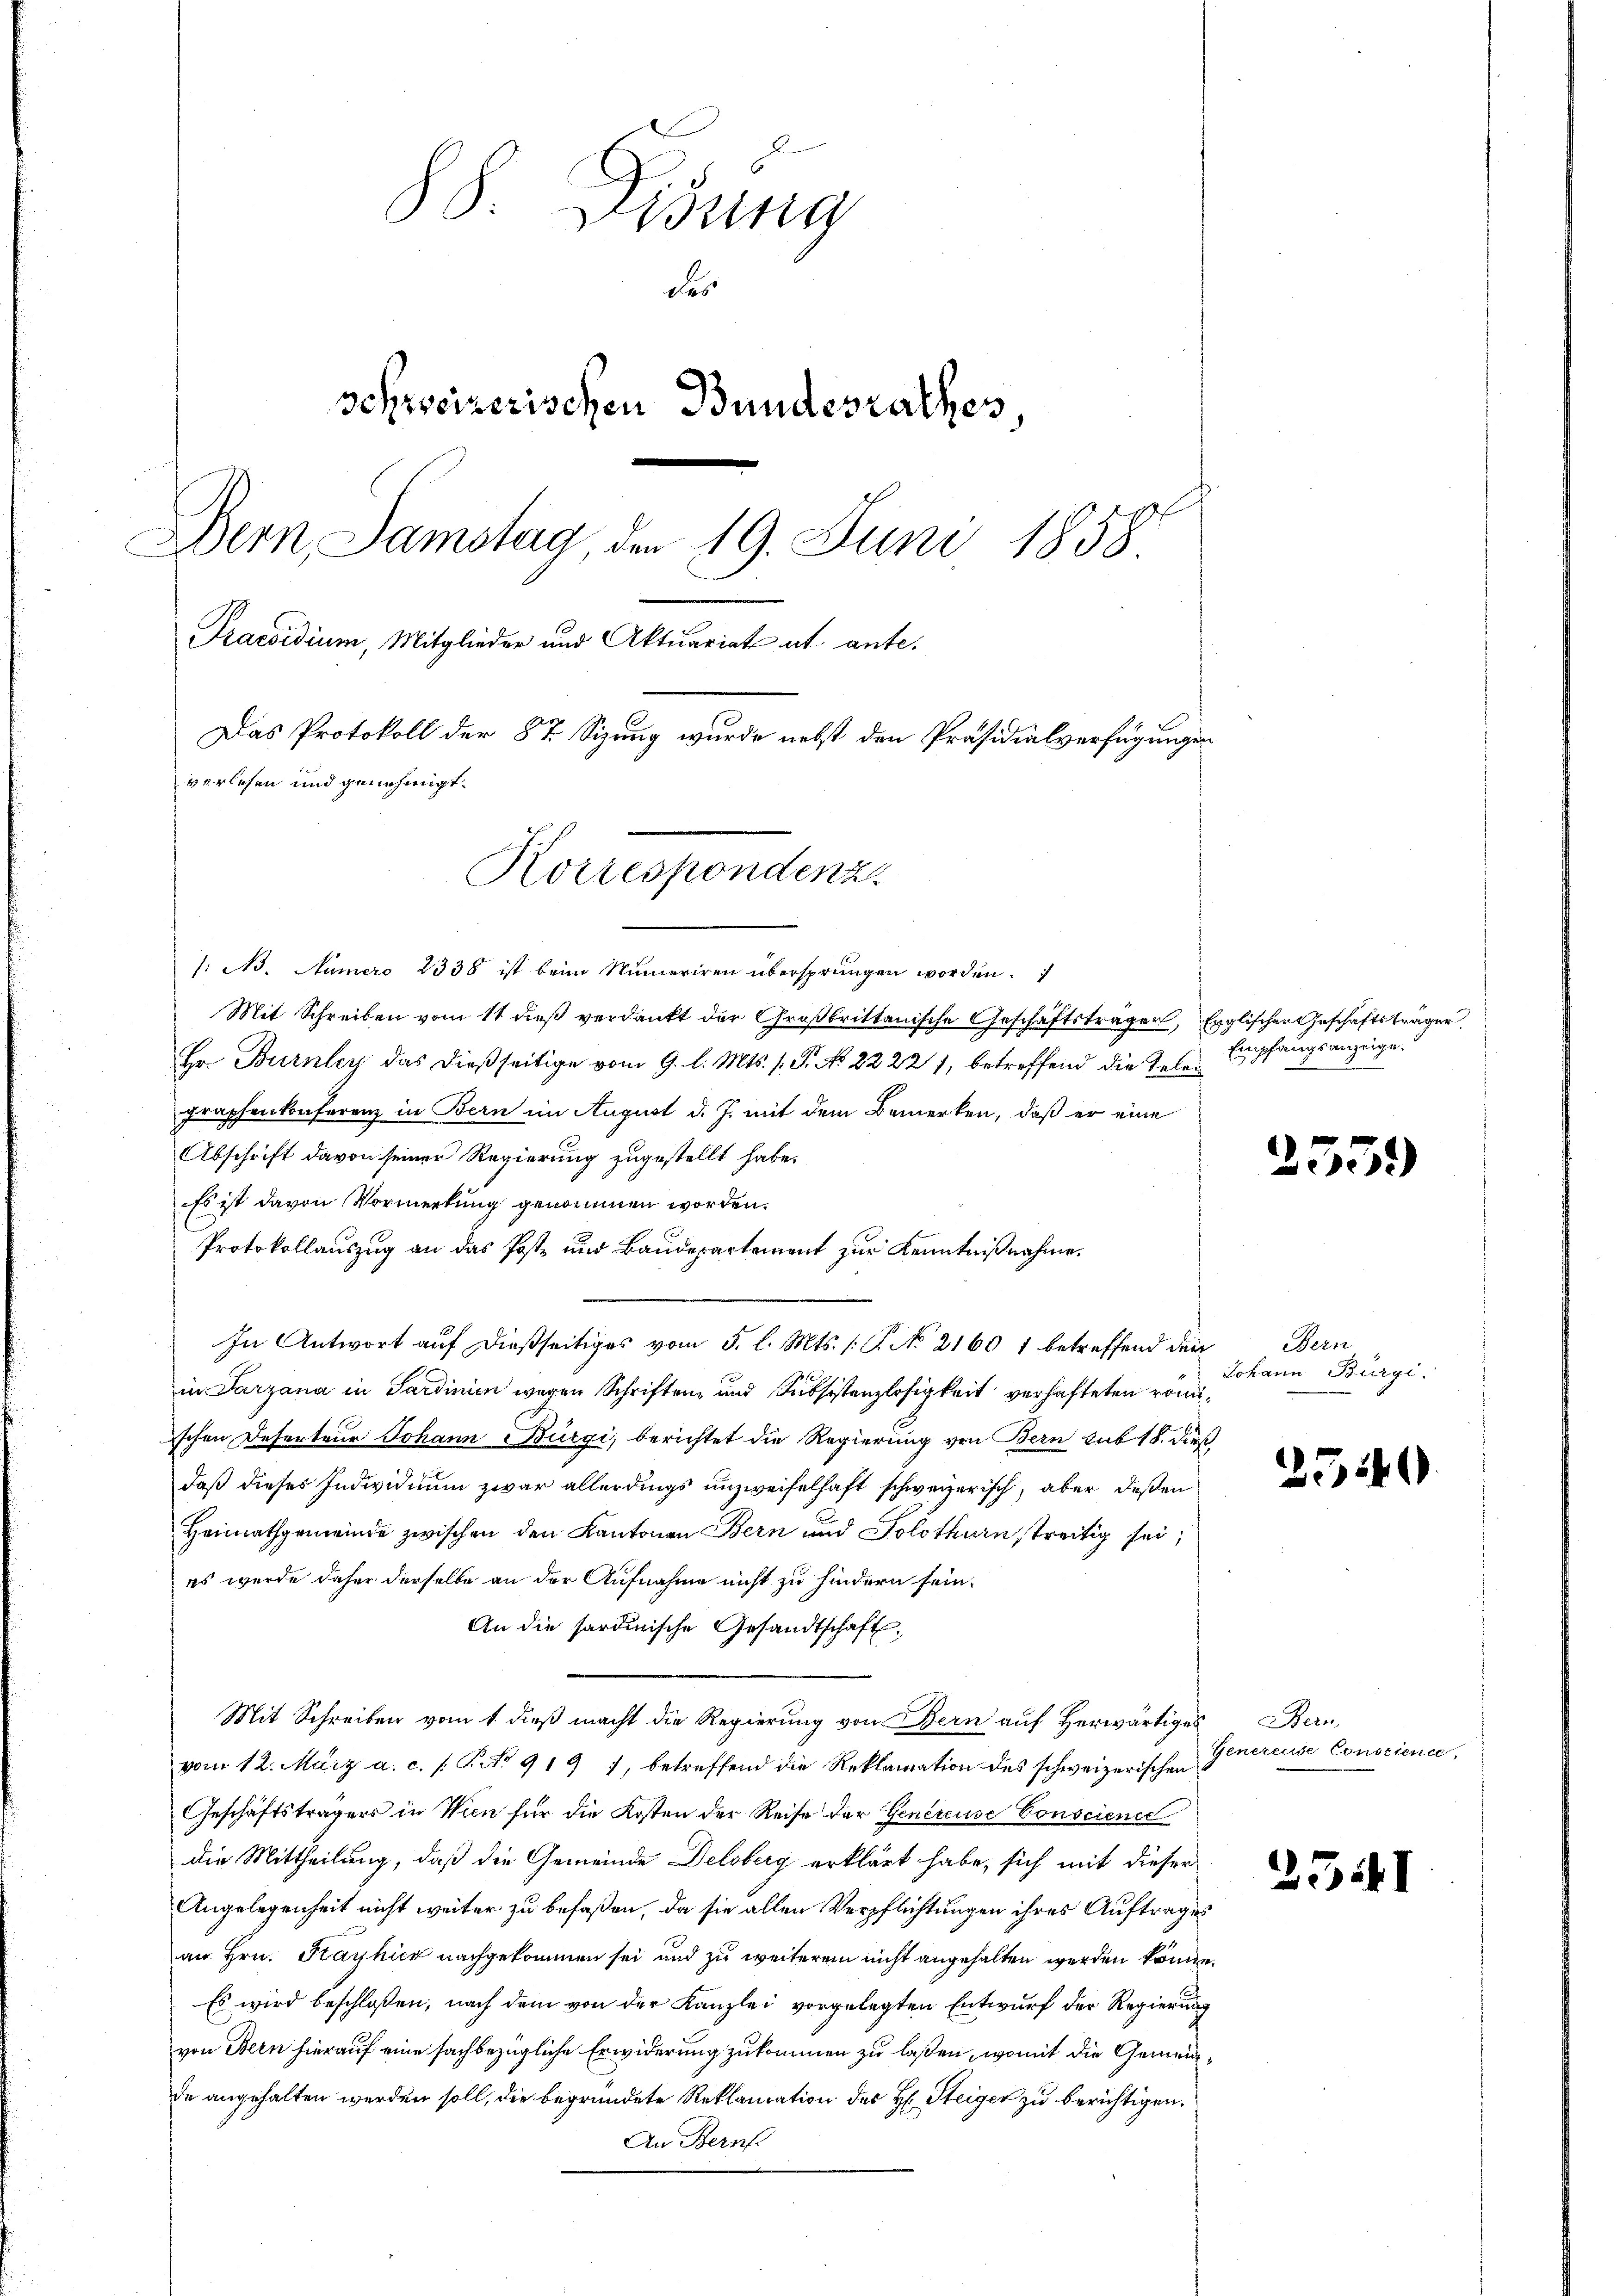
88. Didung
des
schweizerischen Bundesrathes
Dern Samstag, den 19. Juni 1858
Praesidium, Mitglieder und Aktuariat et ante¬
Das Protokoll der 87 Sizung wurde nebst den Präsidialverfügungen
verlesen und genehmigt.
Korrespondenz

1: Ao. Numero 2338 ist beim Numeriren übersprungen worden.
Mit Schreiben vom 11 dieß verdankt der Großbrittanische Geschäftsträger, Erglischer Geschäftsträger
Hr. Burnley das dießseitige vom 9. l. Mts. 1. P. No 22221, betreffend die Telegraphenkonferenz in Bern im August d. J. mit dem Bemerken, daß er eine
Abschrift davon seiner Regierung zugestellt habe.
Es ist davon Vormerkung genommen worden.
Protokollauszug an das Poste und Baudepartement zur Kenntnißnahme.
In Antwort auf dießseitiges vom 5. l. Mts. (: P. No 2160 1 betreffend den
in Parzana in Sardinien wegen Schriften und Subsistenzlosigkeit verhafteten römischen Deserteur Johann Bürgi, berichtet die Regierung von Bern sub 18. dieß
daß dieses Individium zwar allerdings unzweifelhaft schweizerisch, aber deßen
Heimathgemeinde zwischen den Kantonen Bern und Solothurn streitig sei;
es werde daher derselbe an der Aufnahme nicht zu hindern sein.
An die sardinische Gesandtschaft,
Mit Schreiben vom 1. dieß macht die Regierung von Bern auf herwärtiges Bern,
vom 12. März a. c. /: Art. 919), betreffend die Reklamation des schweizerischen
Geschäftsträgers in Wien für die Kosten der Reise der Genereise Conscienec
die Mittheilung, daß die Gemeinde Delsberg erklärt habe, sich mit dieser
Angelegenheit nicht weiter zu befaßen, da sie allen Verpflichtungen ihres Auftrages
an Hrn. Kayhier nachgekommen sei und zu weiterem nicht angehalten werden könne.
Es wird beschloßen, nach dem von der Kanzlei vorgelegten Entwurf der Regierung
von Bern hierauf eine sachbezügliche Erwiderung zukommen zu laßen, womit die Gemeinde angehalten werden soll, die begründete Reklamation des H: Steiger zu berichtigen.
An Bern

Empfangsanzeige.

2559)

Bern
Johann Bürgi.

2540

Generende Conscience,

541